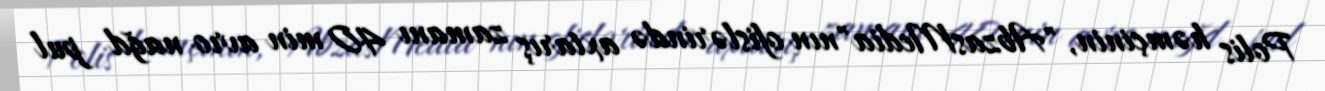
Polis həmçinin, "AbzasMedia"nın ofislərində axtarış zamanı 40 min avro nağd pul